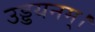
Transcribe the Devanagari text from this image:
उड्डयनम्।